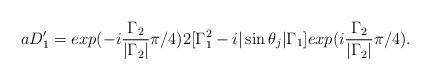
\begin{align*}aD'_1=exp(-i\frac{{\Gamma}_2}{|{\Gamma}_2|}{\pi}/4)2[{\Gamma}_1^2 -i|\sin{\theta}_j|{\Gamma}_1]exp(i\frac{{\Gamma}_2}{|{\Gamma}_2|}{\pi}/4).\end{align*}